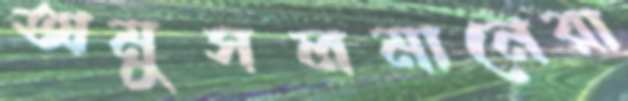
অমুসলমানেরা